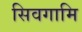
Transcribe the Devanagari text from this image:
सिवगामि